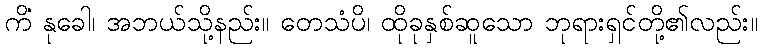
ကိံ နုခေါ၊ အဘယ်သို့နည်း။ တေသံပိ၊ ထိုခုနှစ်ဆူသော ဘုရားရှင်တို့၏လည်း။